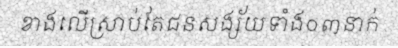
ខាងលើស្រាប់តែជនសង្ស័យទាំង០៣នាក់